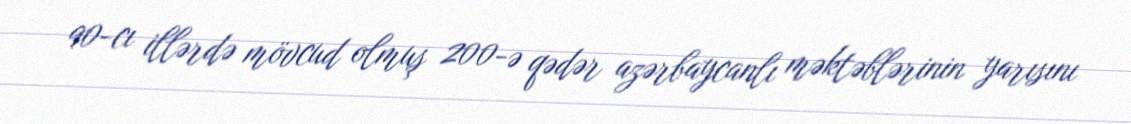
90-cı illərdə mövcud olmuş 200-ə qədər azərbaycanlı məktəblərinin yarısını